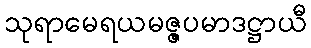
သုရာမေရယမဇ္ဇပမာဒဋ္ဌာယီ